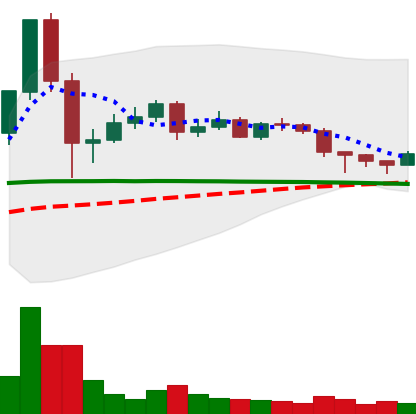
Ticker: DOGE-USD
Chart end date: 2020-12-12
Forward return: 17.926%
Label: up_7plus